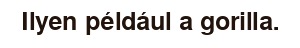
Ilyen például a gorilla.